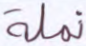
نملة